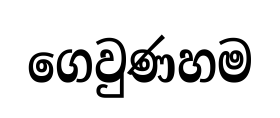
ගෙවුණහම